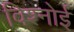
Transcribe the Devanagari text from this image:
विश्‍नोई